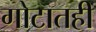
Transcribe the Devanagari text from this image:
गोटातही